Indian journal of veterinary science and animal husbandry - Volume 10,
Year: 1940
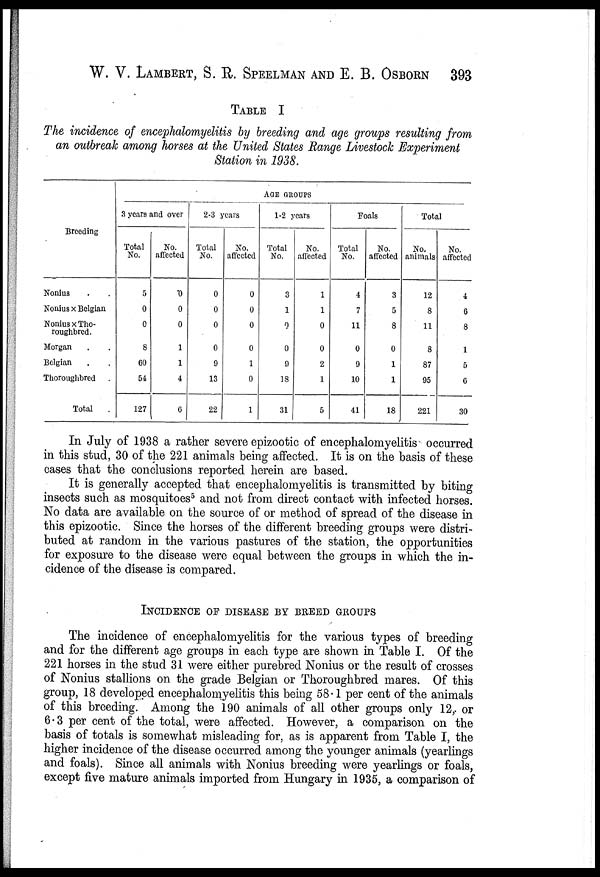
W. V. LAMBERT, S. R. SPEELMAN AND E. B. OSBORN 393
TABLE I
The incidence of encephalomyelitis by breeding and age groups resulting from
an outbreak among horses at the United States Range Livestock Experiment
Station in 1938.
Breeding
Nonius . .
Nonius × Belgian
Nonius × Tho-
roughbred.
Morgan . .
Belgian . .
Thoroughbred .
Total .
3 years and over
Total
No.
5
0
0
8
60
54
127
No.
affected
0
0
0
1
1
4
6
2-3 years
Total
No.
0
0
0
0
9
13
22
No.
affected
0
0
0
0
1
0
1
AGE GROUPS
1-2 years
Total
No.
3
1
0
0
9
18
31
No.
affected
1
1
0
0
2
1
5
Foals
Total
No.
4
7
11
0
9
10
41
No.
affected
3
5
8
0
1
1
18
Total
No.
animals
12
8
11
8
87
95
221
No.
affected
4
6
8
1
5
6
30
In July of 1938 a rather severe epizootic of encephalomyelitis occurred
in this stud, 30 of the 221 animals being affected. It is on the basis of these
cases that the conclusions reported herein are based.
It is generally accepted that encephalomyelitis is transmitted by biting
insects such as mosquitoes 5 and not from direct contact with infected horses.
No data are available on the source of or method of spread of the disease in
this epizootic. Since the horses of the different breeding groups were distri-
buted at random in the various pastures of the station, the opportunities
for exposure to the disease were equal between the groups in which the in-
cidence of the disease is compared.
INCIDENCE OF DISEASE BY BREED GROUPS
The incidence of encephalomyelitis for the various types of breeding
and for the different age groups in each type are shown in Table I. Of the
221 horses in the stud 31 were either purebred Nonius or the result of crosses
of Nonius stallions on the grade Belgian or Thoroughbred mares. Of this
group, 18 developed encephalomyelitis this being 58.1 per cent of the animals
of this breeding. Among the 190 animals of all other groups only 12, or
6.3 per cent of the total, were affected. However, a comparison on the
basis of totals is somewhat misleading for, as is apparent from Table I, the
higher incidence of the disease occurred among the younger animals (yearlings
and foals). Since all animals with Nonius breeding were yearlings or foals,
except five mature animals imported from Hungary in 1935, a comparison of